Vaccination in the Punjab 1919-1929 - 1919-1929
Year: 1919
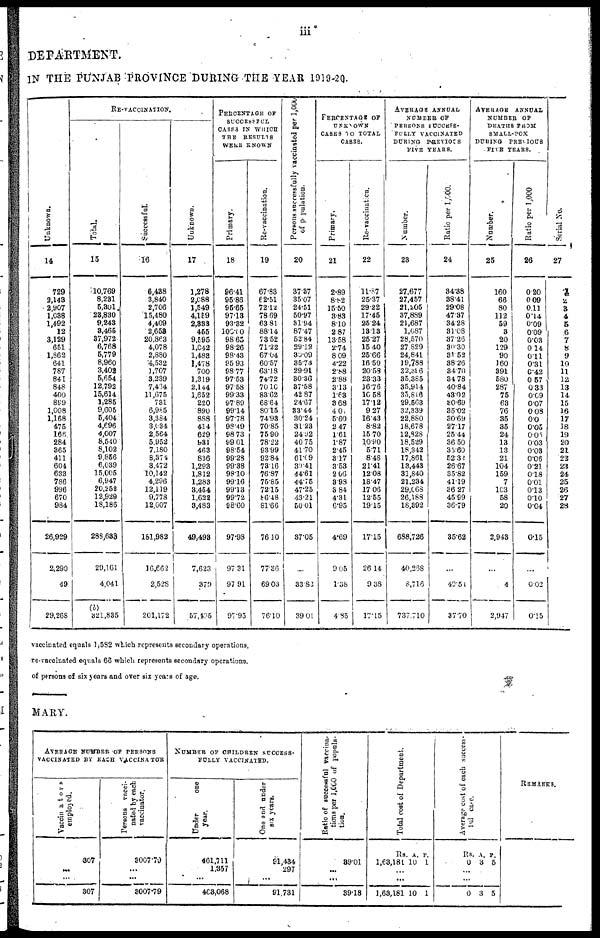
iii
DEPARTMENT.
IN THE PUNJAB PROVINCE DURING THE YEAR 1919-20.
Unknown.
14
729
2,143
2,907
1,038
1,492
12
3,129
651
1,862
641
787
841
848
400
899
1,008
1,168
475
168
284
365
411
604
633
786
996
670
984
26,929
2,290
49
29,268
RE-VACCINATION.
Total.
15
10,769
8,231
5,301
23,830
9,243
8,465
37,972
6,768
5,779
8,960
3,402
5,654
12,792
15,614
1,285
9,605
5,404
4,696
4,007
8,540
8,102
9,856
6,039
15,005
6,947
20,252
12,929
18,186
288,633
29,161
4,041
(b)
321,835
Successful.
16
6,438
3,840
2,706
15,480
4,409
2,658
20,863
4,078
2,880
4,532
1,707
3,239
7,464
11,675
731
6,985
3,384
3,634
2,564
5,952
7,180
8,374
3,472
10,142
4,296
12,119
9,778
12,007
181,982
16,662
2,528
201,172
Unknown.
17
1,278
2,088
1,549
4,159
2,333
455
9,595
1,042
1,483
1,478
700
1,319
2,144
1,652
220
890
888
414
629
931
463
836
1,293
1,812
1,283
3,454
1,622
3,483
49,493
7,623
379
57,495
PERCENTAGE OF
SUCCESSFUL
CASES IN WHICH
THE RESULTS
WERE KNOWN
Primary.
18
96.41
95.86
95.65
97.13
93.32
100.00
98.65
98.26
98.43
95.93
98.77
97.53
97.58
99.33
97.89
99.14
97.78
98.49
98.73
99.01
98.54
99.28
99.38
98.10
99.16
99.13
99.72
98.60
97.98
97.31
97.91
97.95
Re-vaccination.
19
67.83
62.51
72.12
78.69
63.81
88.14
73.52
71.22
67.04
60.57
63.18
74.72
70.10
83.62
68.64
80.15
74.93
70.85
75.90
78.22
93.99
92.84
73.16
76.87
75.85
72.15
86.48
81.66
76.10
77.36
69.03
76.10
Persons successfully vaccinated per 1,000
of population.
20
37.37
35.07
24.51
50.97
31.94
87.47
52.84
29.12
30.09
35.73
29.91
30.36
37.58
42.87
24.67
33.44
30.24
31.23
24.92
40.75
41.70
61.09
39.41
44.61
44.75
47.25
43.21
50.01
37.05
33.82
39.01
PERCENTAGE OF
UNKNOWN
CASES TO TOTAL
CASES.
Primary.
21
2.89
8.82
15.50
3.83
8.10
2.87
13.58
2.74
8.09
4.22
2.88
2.88
3.13
1.63
3.68
4.0
5.60
2.47
1.61
1.87
2.45
3.17
3.53
2.06
3.98
3.84
4.31
6.95
4.69
9.05
1.38
4.85
Re-vaccination.
22
11.87
25.37
29.22
17.45
25.24
13.13
25.27
15.40
25.66
16.50
20.58
23.33
16.76
10.58
17.12
9.27
16.43
8.82
15.70
10.90
5.71
8.48
21.41
12.08
18.47
17.06
12.55
19.15
17.15
26.14
9.38
17.15
AVERAGE ANNUAL
NUMBER OF
PERSONS SUCCESS-
FULLY VACCINATED
DURING PREVI OUS
FIVE YEARS.
Number.
23
27,677
27,457
21,205
37,889
21,687
1,087
28,570
27,829
24,841
19,788
32,396
35,385
35,914
35,816
29,563
32,339
22,880
18,678
12,828
18,529
18,342
17,861
13,443
31,840
21,234
29,068
26,188
18,392
688,726
40,268
8,716
737,710
Ratio per 1,000.
24
34.38
38.41
29.08
47.37
34.28
31.08
37.26
30.30
31.52
38.26
34.70
34.78
40.84
43.02
30.69
35.02
30.69
27.17
25.44
36.50
35.60
52.32
26.67
35.82
41.19
36.27
45.99
36.79
35.62
...
49.54
37.70
AVERAGE ANNUAL
NUMBER OF
DEATHS FROM
SMALL-POX
DURING PREVIOUS
FIVE YEARS.
Number.
25
160
66
80
112
59
3
20
129
90
160
391
580
287
75
63
76
35
35
24
13
13
21
104
159
7
103
58
20
2,943
...
4
2,947
Ratio per 1,000
26
0.20
0.09
0.11
0.14
0.09
0.09
0.03
0.14
0.11
0.31
0.42
0.57
0.33
0.09
0.07
0.08
0.0
0.05
0.05
0.03
0.03
0.06
0.21
0.18
0.01
0.13
0.10
0.04
0.15
...
0.02
0.15
Serial No.
27
1
2
3
4
5
6
7
8
9
10
11
12
13
14
15
16
17
18
19
20
21
22
23
24
25
26
27
28
vaccinated equals 1,582 which represents secondary operations.
re-vaccinated equals 66 which represents secondary operations.
of persons of six years and over six years of age.
MARY.
AVERAGE NUMBER OF PERSONS
VACCINATED BY EACH VACCINATOR
Vaccinators
employed.
307
...
...
307
Persons vacci-
nated by each
vaccinator.
3007.79
...
...
3007.79
NUMBER OF CHILDREN SUCCESS-
----- VACCINATED.
Under
one
year.
461,711
1,357
...
463,068
One and under
six years.
91,434
297
...
91,731
Ratio of successful vaccina-
tions per 1,000 of popula-
tion.
39.01
...
...
39.18
Total cost of Department.
Rs.
1,63,181
A.
10
P.
1
...
...
1,63,181 10 1
Average cost of each success-
ful case.
Rs.
0
A.
3
P.
5
...
...
0 3 5
REMARKS.